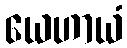
ယေဟာယံ